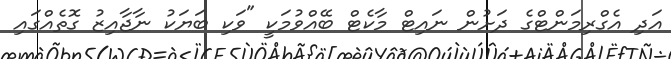
އަދި އެގްރިމަންޓްގެ ދަށުން ނައިޓް މާކެޓް ބޭއްވުމަކީ "ވަކި ބަޔަކު ނާޖާއިޒު ގޮތެއްގައި